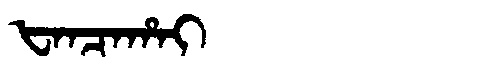
Manchu: ᡶᠠᠨᠴᠠᡥᠠᡳ
Romanization: FANCAHAI